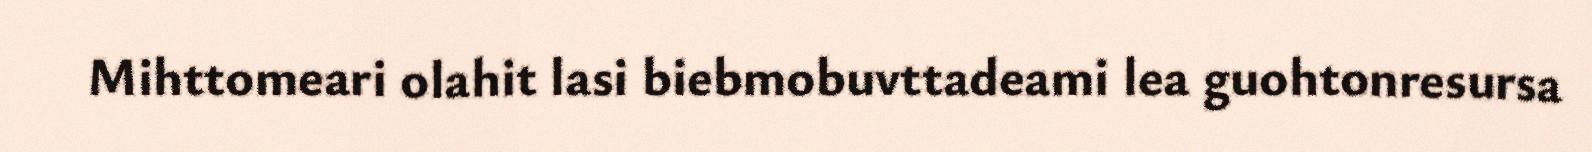
Mihttomeari olahit lasi biebmobuvttadeami lea guohtonresursa